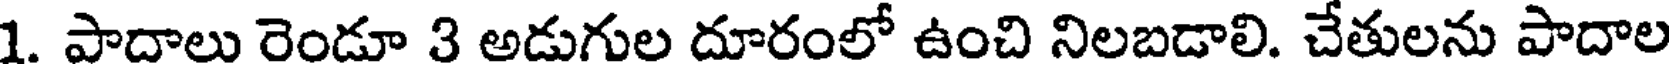
1. పాదాలు రెండూ 3 అడుగుల దూరంలో ఉంచి నిలబడాలి. చేతులను పాదాల